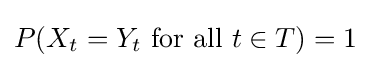
P(X_{t}=Y_{t}{\text{ for all }}t\in T)=1